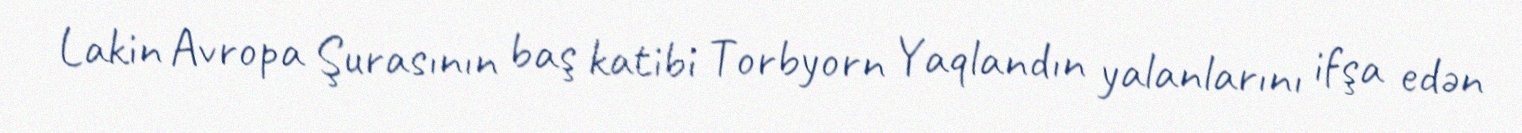
Lakin Avropa Şurasının baş katibi Torbyorn Yaqlandın yalanlarını ifşa edən